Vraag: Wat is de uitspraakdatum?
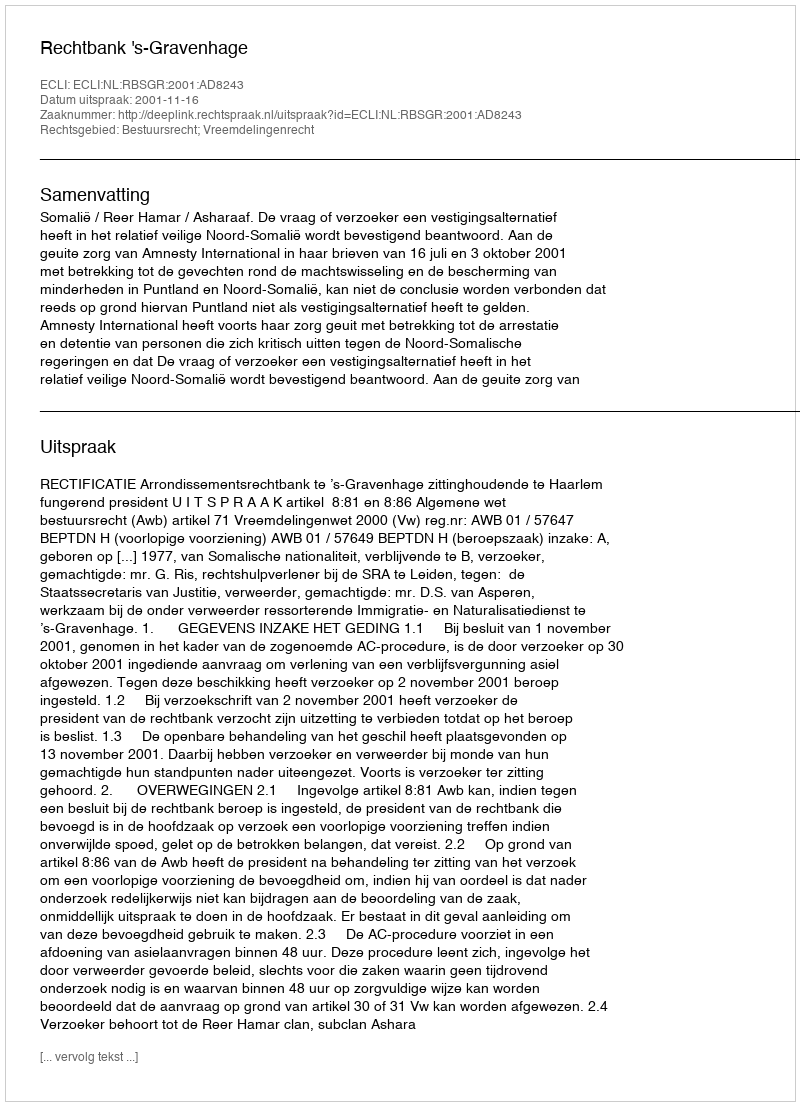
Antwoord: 2001-11-16